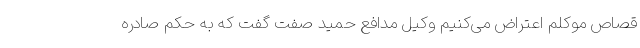
قصاص موکلم اعتراض می‌کنیم وکیل مدافع حمید صفت گفت که به حکم صادره